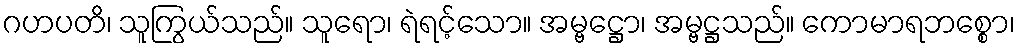
ဂဟပတိ၊ သူကြွယ်သည်။ သူရော၊ ရဲရင့်သော။ အမ္ဗဋ္ဌော၊ အမ္ဗဋ္ဌသည်။ ကောမာရဘစ္စော၊